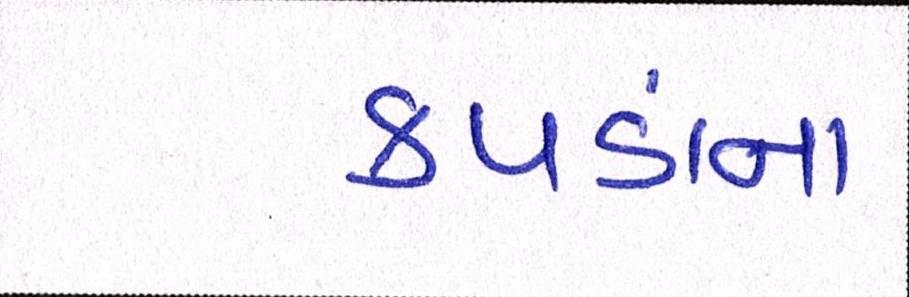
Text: કપડાંના